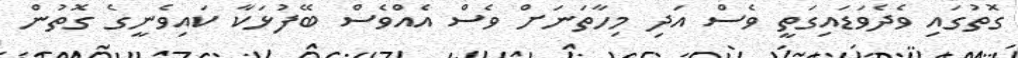
ގޮތުގައި ވެދެވަޑައިގަތީ ވެސް އަދި މިހާތަނަށް ވެސް އެއްވެސް ބޭފުޅަކާ ކައިވެނީގެ ގޮތުން